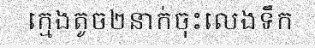
ក្មេងតូច២នាក់ចុះលេងទឹក